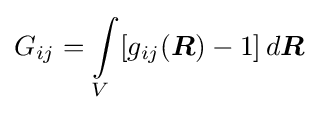
G_{ij}=\int \limits _{V}[g_{ij}({\boldsymbol {R}})-1]\,d{\boldsymbol {R}}